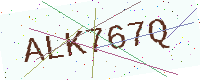
Text: ALK767Q